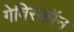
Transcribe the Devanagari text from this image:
गेविस्कॉन